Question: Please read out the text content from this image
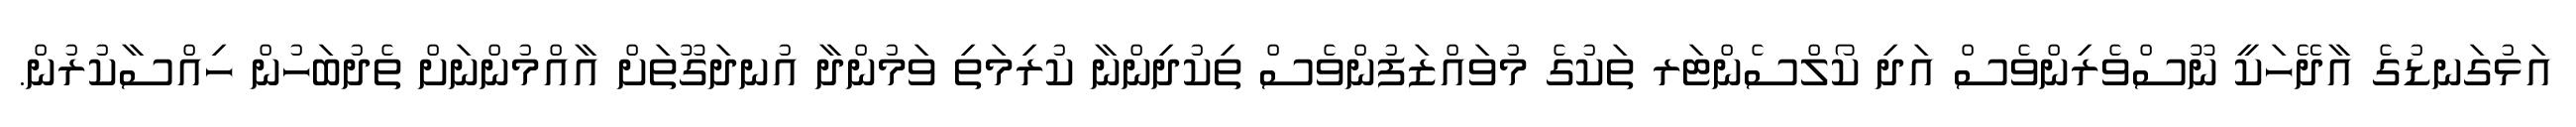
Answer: އަޅުގަނޑުގެ އާދޭހަކީ ނޫސްވެރިންވެސް އަދި ކޯލްސެންޓަރ ތަކުގެ މުވައްޒަފުންވެސް ތިކުދިންނާ ކުރިމަތި ވަމުންދާ އުނދަގޫތަށް އާއްމުންނަށް ތެދުބަހުން ހިއްސާކުރުން.